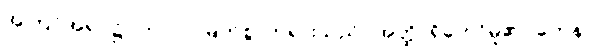
အကြင်အရပ်၌။ ဘဂဝါ၊ မြတ်စွာဘုရားသည်။ အတ္ထိ၊ ရှိတော်မူ၏။ တေန၊